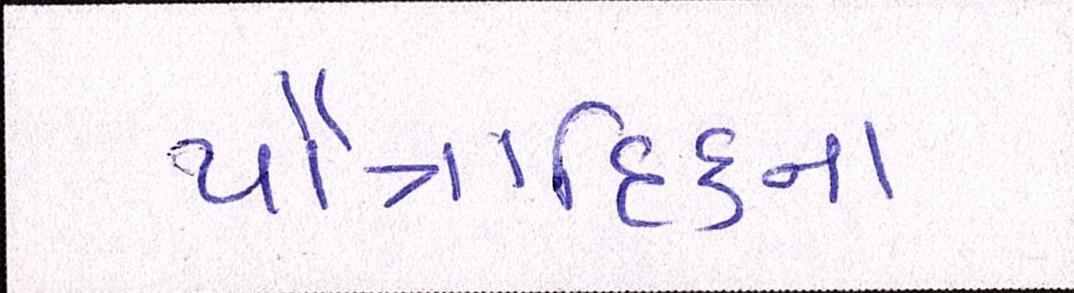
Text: પૌત્રાદિકના